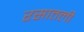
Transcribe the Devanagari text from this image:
रसातली